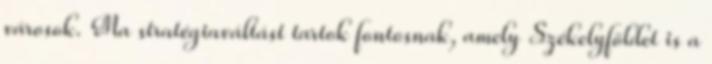
városok. Ma stratégiaváltást tartok fontosnak, amely Székelyföldet is a